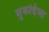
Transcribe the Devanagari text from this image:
मुकद्दिमा